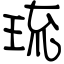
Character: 琉